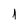
Character: 1